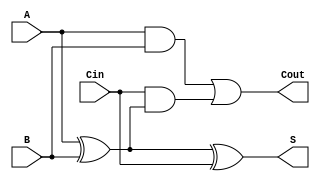
module FullAdder (
    input wire A,    // First input bit
    input wire B,    // Second input bit
    input wire Cin,  // Carry-in bit
    output wire S,   // Sum output bit
    output wire Cout  // Carry-out bit
);

// Intermediate signals
wire xor_ab;       // Intermediate signal for A XOR B

// XOR gates to compute the sum
assign xor_ab = A ^ B;       // A XOR B
assign S = xor_ab ^ Cin;     // S = (A XOR B) XOR Cin

// AND gates to compute carry outputs
assign Cout = (A & B) | (Cin & xor_ab); // Cout = (A AND B) OR (Cin AND (A XOR B))

endmodule